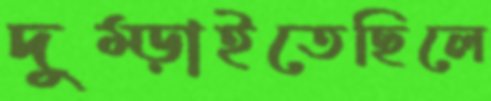
দুম্‌ড়াইতেছিলে